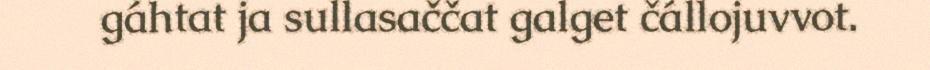
gáhtat ja sullasaččat galget čállojuvvot.